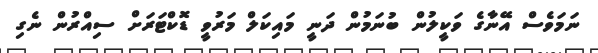
ނަމަވެސް އޭނާގެ ވަކީލުން ބުނަމުން ދަނީ މައިކަލް މަރުވީ ޑޮކްޓަރަށް ސިއްރުން ނެގި